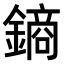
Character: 𨫢